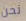
نحن